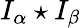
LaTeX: I_{\alpha}\star I_{\beta}